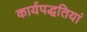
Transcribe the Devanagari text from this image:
कार्यपद्धतियां